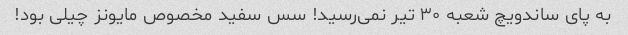
به پای ساندویچ شعبه ۳۰ تیر نمی‌رسید! سس سفید مخصوص مایونز چیلی بود!